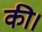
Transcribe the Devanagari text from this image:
की।